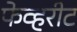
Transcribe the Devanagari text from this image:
फेव्हरीट